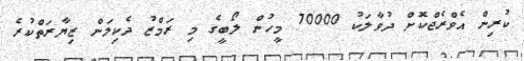
ކުރިން އެވްރެޖްކޮށް ދުވާލަކު 70000 މީހުން ލޯބީގެ މި ރަމްޒު ދެކިލަން ޒިޔާރަތްކުރެ